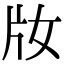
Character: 𤖩